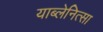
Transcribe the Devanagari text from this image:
याब्लेनित्सा